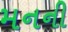
મનની